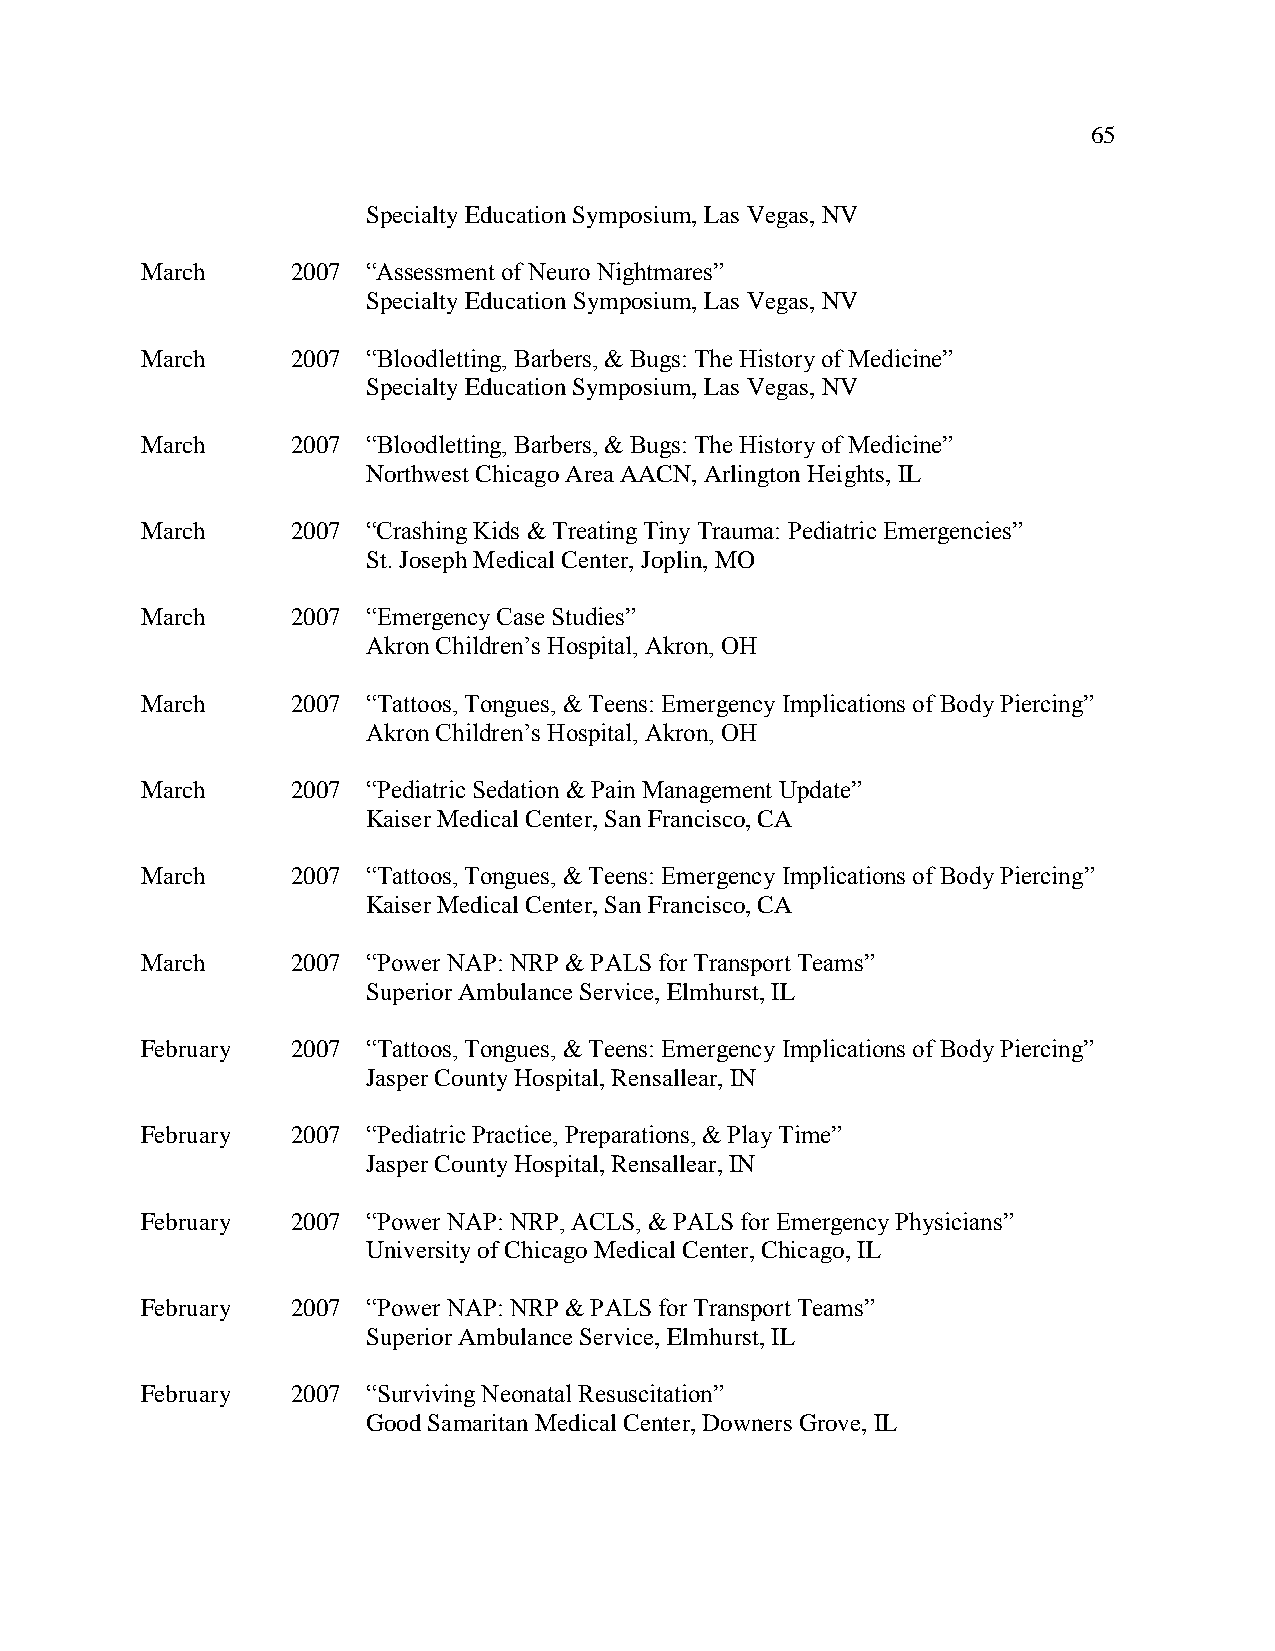
65
 Specialty Education Symposium, Las Vegas, NV
 March     2007 “Assessment of Neuro Nightmares”
 Specialty Education Symposium, Las Vegas, NV
 March     2007 “Bloodletting, Barbers, & Bugs: The History of Medicine”
 Specialty Education Symposium, Las Vegas, NV
 March     2007 “Bloodletting, Barbers, & Bugs: The History of Medicine”
 Northwest Chicago Area AACN, Arlington Heights, IL
 March     2007 “Crashing Kids & Treating Tiny Trauma: Pediatric Emergencies”
 St. Joseph Medical Center, Joplin, MO
 March     2007 “Emergency Case Studies”
 Akron Children’s Hospital, Akron, OH
 March     2007 “Tattoos, Tongues, & Teens: Emergency Implications of Body Piercing”
 Akron Children’s Hospital, Akron, OH
 March     2007 “Pediatric Sedation & Pain Management Update”
 Kaiser Medical Center, San Francisco, CA
 March     2007 “Tattoos, Tongues, & Teens: Emergency Implications of Body Piercing”
 Kaiser Medical Center, San Francisco, CA
 March     2007 “Power NAP: NRP & PALS for Transport Teams”
 Superior Ambulance Service, Elmhurst, IL
 February  2007 “Tattoos, Tongues, & Teens: Emergency Implications of Body Piercing”
 Jasper County Hospital, Rensallear, IN
 February  2007 “Pediatric Practice, Preparations, & Play Time”
 Jasper County Hospital, Rensallear, IN
 February  2007 “Power NAP: NRP, ACLS, & PALS for Emergency Physicians”
 University of Chicago Medical Center, Chicago, IL
 February  2007 “Power NAP: NRP & PALS for Transport Teams”
 Superior Ambulance Service, Elmhurst, IL
 February  2007 “Surviving Neonatal Resuscitation”
 Good Samaritan Medical Center, Downers Grove, IL